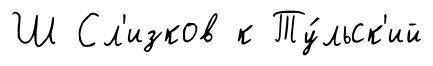
Ш Сл'изков к Ту́льск'ий